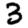
Digit: 3